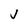
Character: J